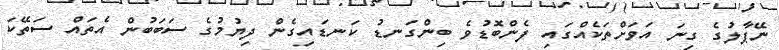
ނޭޕާލުގެ ގިނަ އަވަށްތަކެއްގައި ފެންބޮޑުވެެ ބިންގަނޑު ކަނޑައިގެން ދިޔުމުގެ ސަބަބުން އެތައް ސަތޭކަ